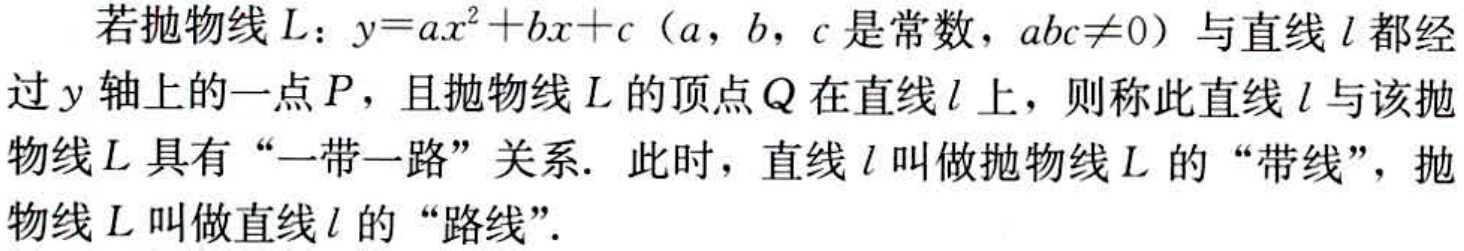
若抛物线\(L\)：\(y = ax^{2}+bx + c\)（\(a\)，\(b\)，\(c\)是常数，\(abc\neq0\)）与直线\(l\)都经过\(y\)轴上的一点\(P\)，且抛物线\(L\)的顶点\(Q\)在直线\(l\)上，则称此直线\(l\)与该抛物线\(L\)具有“一带一路”关系. 此时，直线\(l\)叫做抛物线\(L\)的“带线”，抛物线\(L\)叫做直线\(l\)的“路线”.